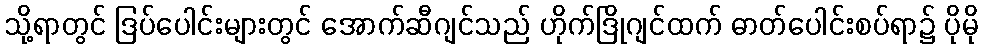
သို့ရာတွင် ဒြပ်ပေါင်းများတွင် အောက်ဆီဂျင်သည် ဟိုက်ဒြိုဂျင်ထက် ဓာတ်ပေါင်းစပ်ရာ၌ ပိုမို